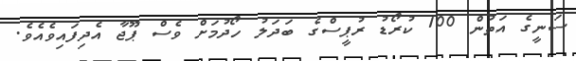
ސަނީގެ އަތުން 100 ކުރޯޑު ރުޕީސްގެ ބަދަލު ހޯދުމަށް ވެސް ޕޫޖާ އެދިފައިވެއެވެ.